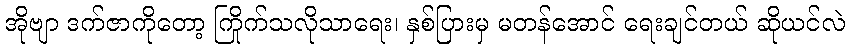
အိုဗျာ ဒက်ဇာကိုတော့ ကြိုက်သလိုသာရေး၊ နှစ်ပြားမှ မတန်အောင် ရေးချင်တယ် ဆိုယင်လဲ